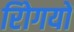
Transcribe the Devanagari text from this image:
रोिगयों